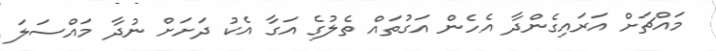
މައްޗަށް އަރައިގެންދާ އެހެން އަގުތައް ތެލުގެ އަގާ އެކު ދަށަށް ނުދާ މައްސަލަ